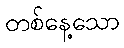
တစ်နေ့သော